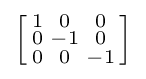
\left[{\begin{smallmatrix}1&0&0\\0&-1&0\\0&0&-1\\\end{smallmatrix}}\right]